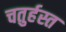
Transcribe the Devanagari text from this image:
चतुर्हस्त